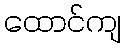
ထောင်ကျ